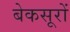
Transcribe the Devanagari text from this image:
बेकसूरों